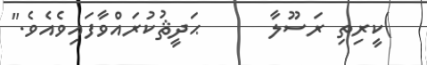
)ކީރިތި ރަސޫލާ      ޙަދީޘުކުރައްވާފައިވެއެވެ."